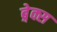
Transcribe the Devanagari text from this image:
ब्रे़क्स